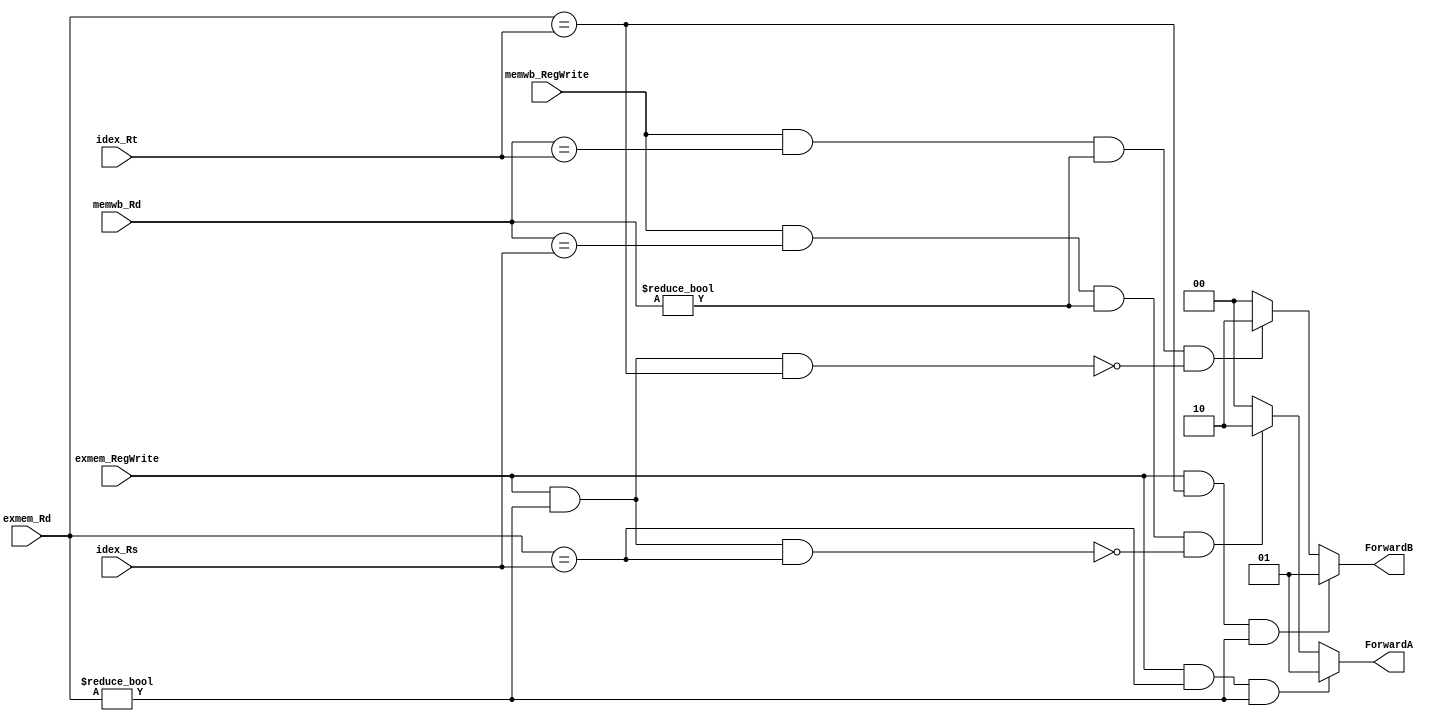
// 0516022

module Forwarding(
	idex_Rs,
	idex_Rt,
	exmem_Rd,
	exmem_RegWrite,
	memwb_Rd,
	memwb_RegWrite,
	ForwardA,
	ForwardB
	);

input [4:0] idex_Rs;
input [4:0] idex_Rt;
input [4:0] exmem_Rd;
input [4:0] memwb_Rd;
input       exmem_RegWrite;
input       memwb_RegWrite;

output [1:0] ForwardA;
output [1:0] ForwardB;

reg [1:0] ForwardA;
reg [1:0] ForwardB;

always@(*) begin
	if(exmem_RegWrite == 1'b1 && exmem_Rd == idex_Rs && exmem_Rd != 5'd0) 
		ForwardA = 2'b01;	//EX hazard
	else if(memwb_RegWrite == 1'b1 && memwb_Rd == idex_Rs && memwb_Rd != 5'd0 && (~(exmem_RegWrite == 1'b1 && exmem_Rd != 5'd0 && exmem_Rd == idex_Rs)))
		ForwardA = 2'b10;	//MEM hazard
	else
		ForwardA = 2'b00;
	
	if(exmem_RegWrite == 1'b1 &&  exmem_Rd == idex_Rt && exmem_Rd != 5'd0) 
		ForwardB = 2'b01;	//EX hazard
	else if(memwb_RegWrite == 1'b1 &&  memwb_Rd == idex_Rt && memwb_Rd != 5'd0 && (~(exmem_RegWrite == 1'b1 && exmem_Rd != 5'd0 && exmem_Rd == idex_Rt)) )
		ForwardB = 2'b10;	//MEM hazard
	else
		ForwardB = 2'b00;
		
end

endmodule